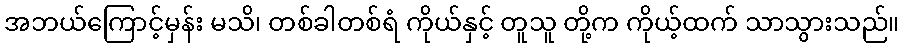
အဘယ်ကြောင့်မှန်း မသိ၊ တစ်ခါတစ်ရံ ကိုယ်နှင့် တူသူ တို့က ကိုယ့်ထက် သာသွားသည်။